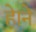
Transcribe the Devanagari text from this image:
हेाने